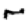
Digit: 4